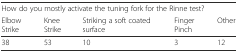
<table><thead><tr><td colspan="5"><b>How do you mostly activate the tuning fork for the Rinne test?</b></td></tr><tr><td><b>Elbow Strike</b></td><td><b>Knee Strike</b></td><td><b>Striking a soft coated surface</b></td><td><b>Finger Pinch</b></td><td><b>Other</b></td></tr></thead><tbody><tr><td>38</td><td>53</td><td>10</td><td>3</td><td>12</td></tr></tbody></table>